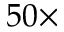
5 0 \times